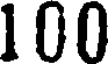
100